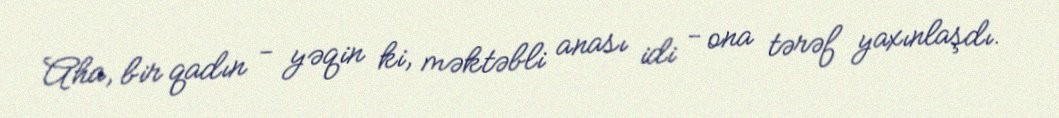
Aha, bir qadın - yəqin ki, məktəbli anası idi - ona tərəf yaxınlaşdı.